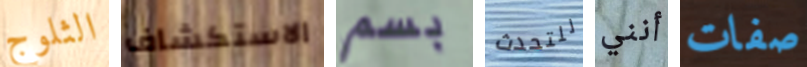
الثلوج الاستكشاف بسم للتحدث أنني صفات